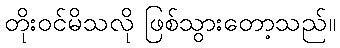
တိုးဝင်မိသလို ဖြစ်သွားတော့သည်။